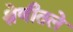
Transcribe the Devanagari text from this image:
श्रेणीतले